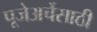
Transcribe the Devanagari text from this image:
पूजेअर्चेसाठी